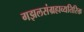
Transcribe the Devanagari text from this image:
गझलसंग्रहाव्यतिरिक्त